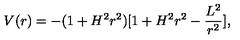
V ( r ) = - ( 1 + H ^ { 2 } r ^ { 2 } ) [ 1 + H ^ { 2 } r ^ { 2 } - \frac { L ^ { 2 } } { r ^ { 2 } } ] ,